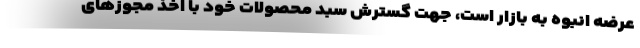
عرضه انبوه به بازار است، جهت گسترش سبد محصولات خود با اخذ مجوزهای